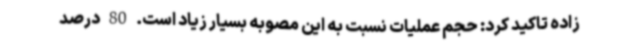
زاده تاکید کرد: حجم عملیات نسبت به این مصوبه بسیار زیاد است. 80 درصد